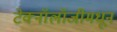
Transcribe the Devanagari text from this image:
टेक्‍नॉलॉजीमधून